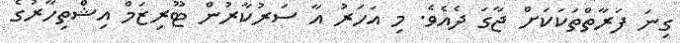
ގިނަ ފަރާތްތަކަކަށް ޖާގަ ދެއެވެ. މި އަހަރު އާ ސަރުކާރުން ޓޫރިޒަމް އިޝްތިހާރުގެ